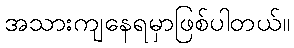
အသားကျနေရမှာဖြစ်ပါတယ်။